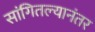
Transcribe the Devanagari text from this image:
सांगितल्यानंतर